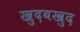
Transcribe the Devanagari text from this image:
खुदबखुद